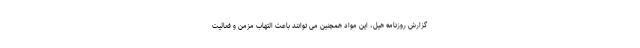
گزارش روزنامه هیل، این مواد همچنین می توانند باعث التهاب مزمن و فعالیت